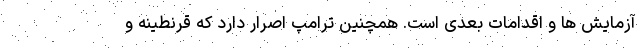
آزمایش ها و اقدامات بعدی است. همچنین ترامپ اصرار دارد که قرنطینه و